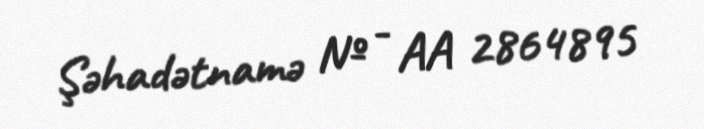
Şəhadətnamə № - AA 2864895